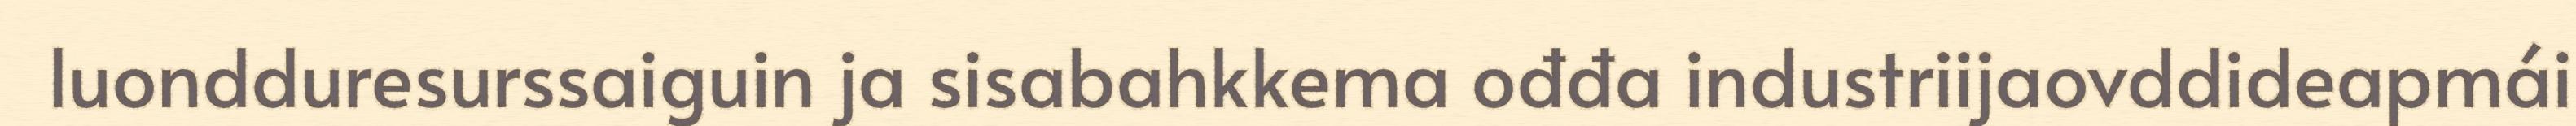
luondduresurssaiguin ja sisabahkkema ođđa industriijaovddideapmái